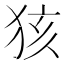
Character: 𱭺